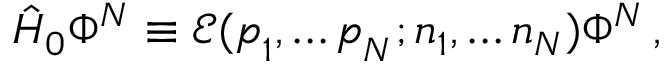
\hat { H } _ { 0 } \Phi ^ { N } \equiv { \mathcal E } ( \boldsymbol { p } _ { 1 } , \dots \boldsymbol { p } _ { N } ; n _ { 1 } , \dots n _ { N } ) \Phi ^ { N } \, ,